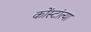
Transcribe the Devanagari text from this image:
कोंस्टांत्या